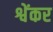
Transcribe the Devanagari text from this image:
श्वेंकर